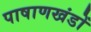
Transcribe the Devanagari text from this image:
पाषाणखंडों